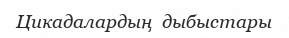
Цикадалардың  дыбыстары